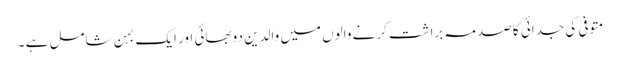
متوفی کی جدائی کا صدمہ براشت کرنے والوں میں والدین دو بھائی اور ایک بہن شامل ہے ۔